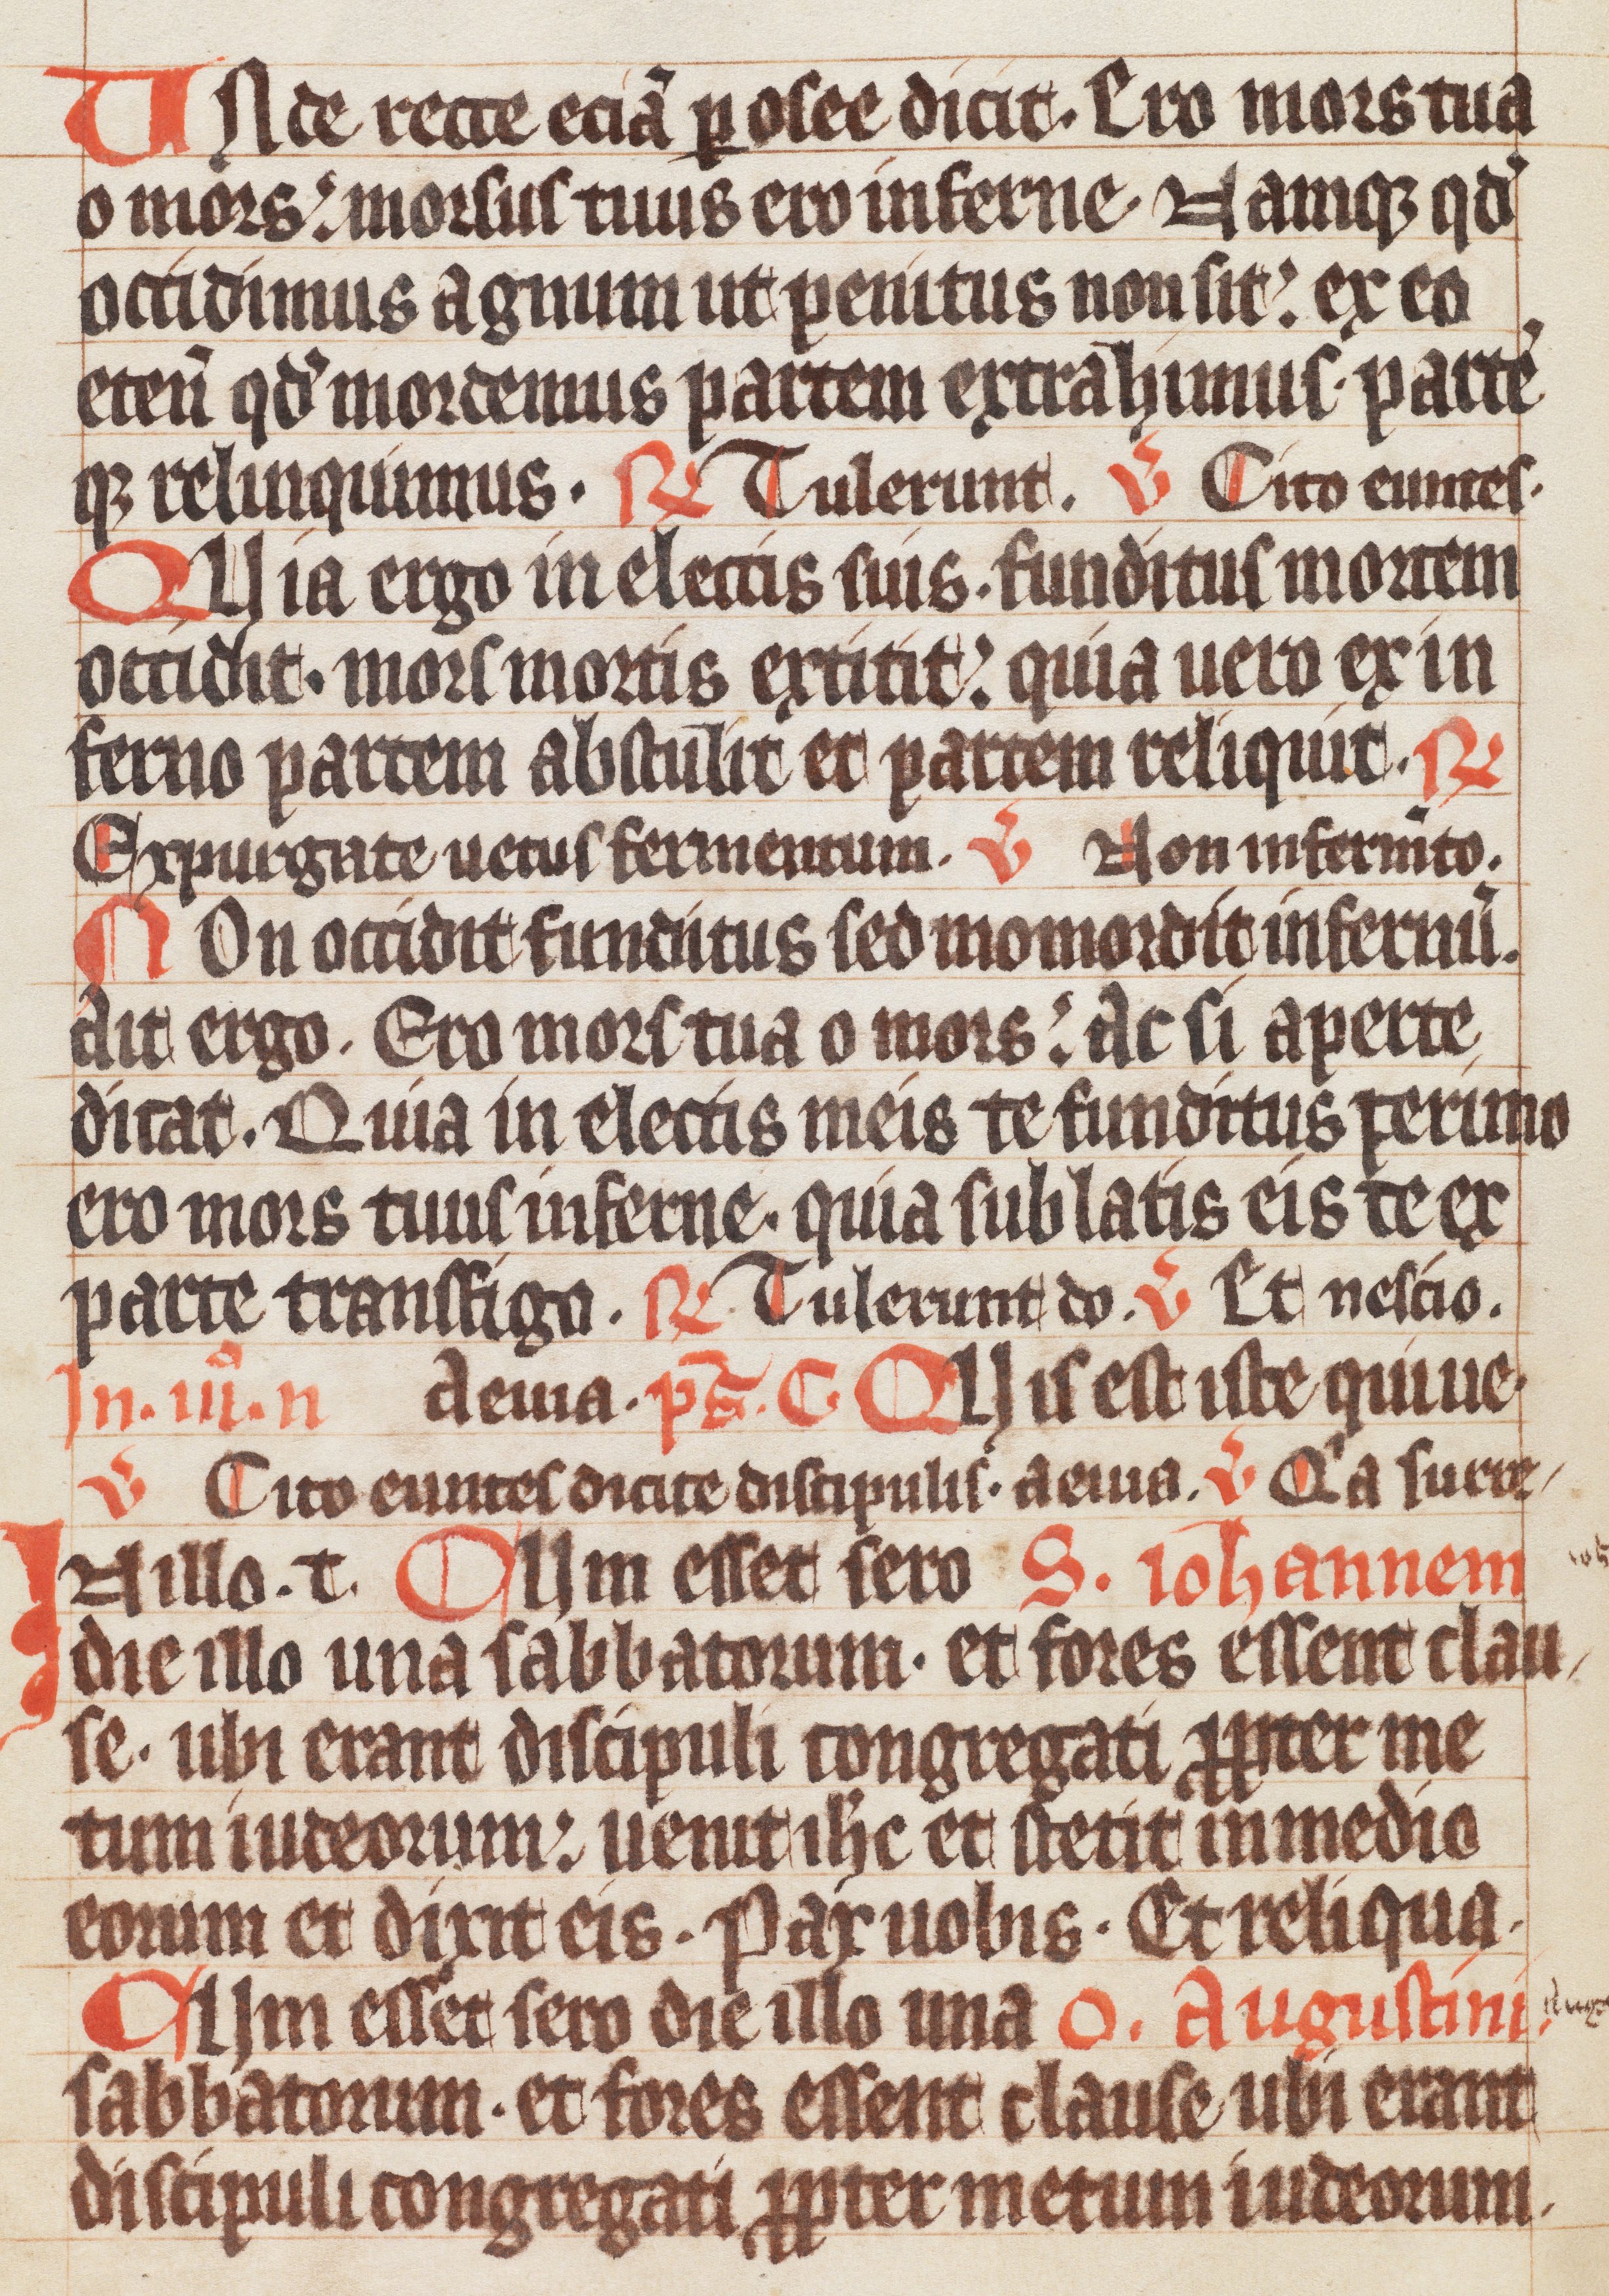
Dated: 1300–1399